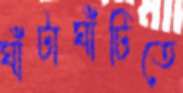
ঘাঁটাঘাঁটিতে